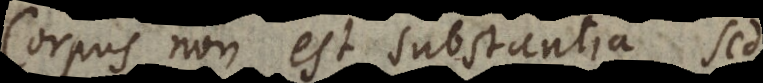
Corpus non est substantia, sed